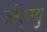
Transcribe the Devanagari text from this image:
जीएनयु